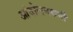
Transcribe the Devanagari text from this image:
आंदोलनकर्मी